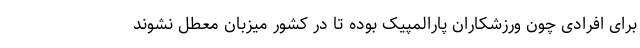
برای افرادی چون ورزشکاران پارالمپیک بوده تا در کشور میزبان معطل نشوند